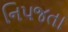
નિપજતા